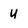
Character: u